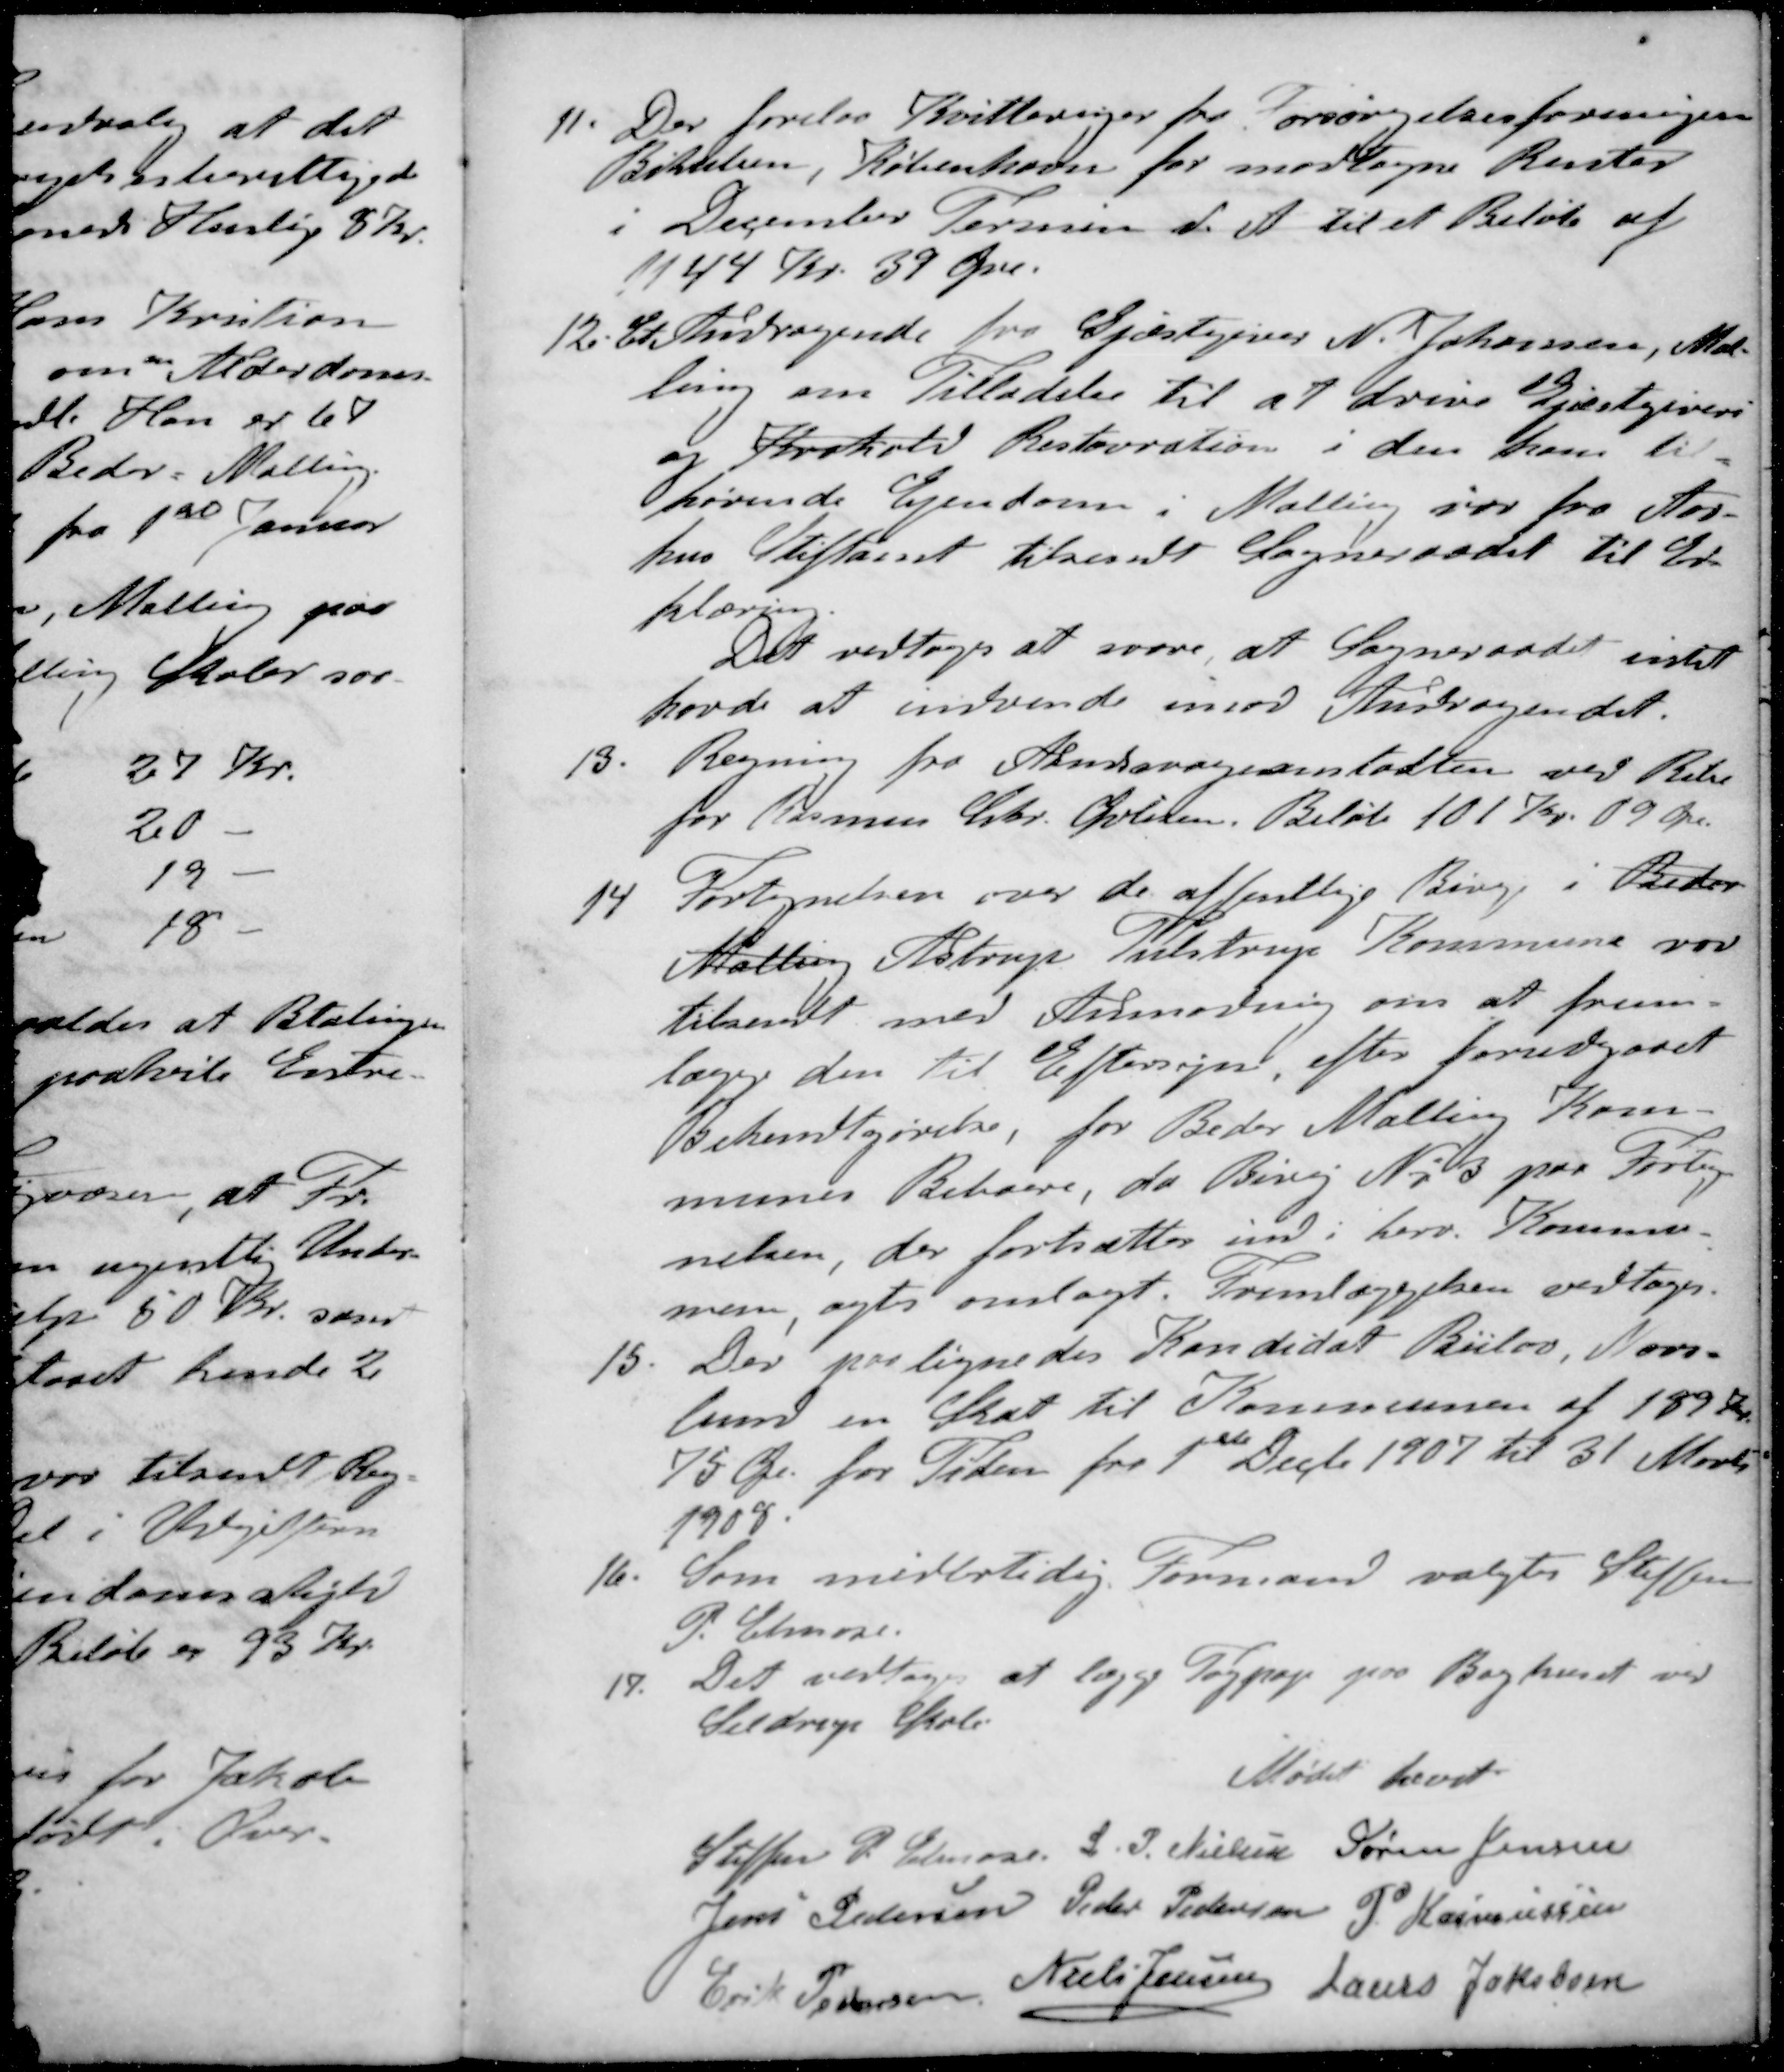
Transskription:
11. Der forelaa Kvitteringer for Forsørgelsesforeningen
Bikuben, København for modtagne Renter
i December Termin d. A. til et Beløb af
1144 Kr. 39 Øre.
12. Et Andragende fra Gjæstegiver N. Johansen, Mal-
ling om Tilladelse til at drive Gjæstgiveri
og Krohold Restauration i den ham til-
hørende Ejendom i Malling var fra Aar-
hus Stiftamt tilsendt Sogneraadet til Er-
klæring
Det vedtoges at svare at Sogneraadet intet
havde at indvende imod Andragendet.
13. Regning fra Aandsvageanstalten ved Robe
for Rasmus Chr. Øvlisen. Beløb 101 Kr. 09 Øre.
14. Fortegnelsen over de offentlige Biveje i Beder
Malling Astrup Tulstrup Kommune var
tilsendt med Anmodning om at frem-
lægge den Til Eftersyn, efter forudgaaet
Bekendtgørelse, for Beder Malling Kom-
munes Beboere, da Bivej No 3 paa Forteg-
nelsen, der fortsættes ind i herv. Kommu-
ne, agtes omlagt. Fremlæggelsen vedtoges.
15. Der paalignedes Kandidat Bülov, Nors-
lund en Skat til Kommunen af 189 Kr
75 Øre for Tiden fra 1ste Decbr 1907 til 31 Marts
1908.
16. Som midlertidig Formand valgtes Steffen
P. Elmose
19. Det vedtoges at lægge Tagpap paa Baghuset ved
Seldrup Skole
Mødet hævet
Steffen P. Elmose
L. P. Nielsen
Søren Jensen
Jens Pedersen
Peder Pedersen
P. Rasmussen
Erik Pedersen
Niels Jensen
Laurs Jakobsen